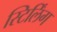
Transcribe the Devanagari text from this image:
स्टिर्लिंग